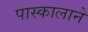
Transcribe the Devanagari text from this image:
पास्कालाने